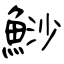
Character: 鯋